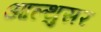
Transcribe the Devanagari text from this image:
आल्थुसर